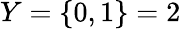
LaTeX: Y=\{ 0,1\} =2